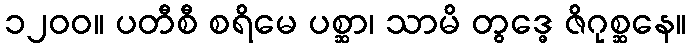
၁၂၀၀။ ပတီစီ စရိမေ ပစ္ဆာ၊ သာမိ တွဒ္ဓေ ဇိဂုစ္ဆနေ။